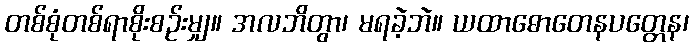
တစ်စုံတစ်ရာစိုးစဉ်းမျှ။ အလဘိတွာ၊ မရခဲ့ဘဲ။ ယထာဓောတေနပတ္တေန၊